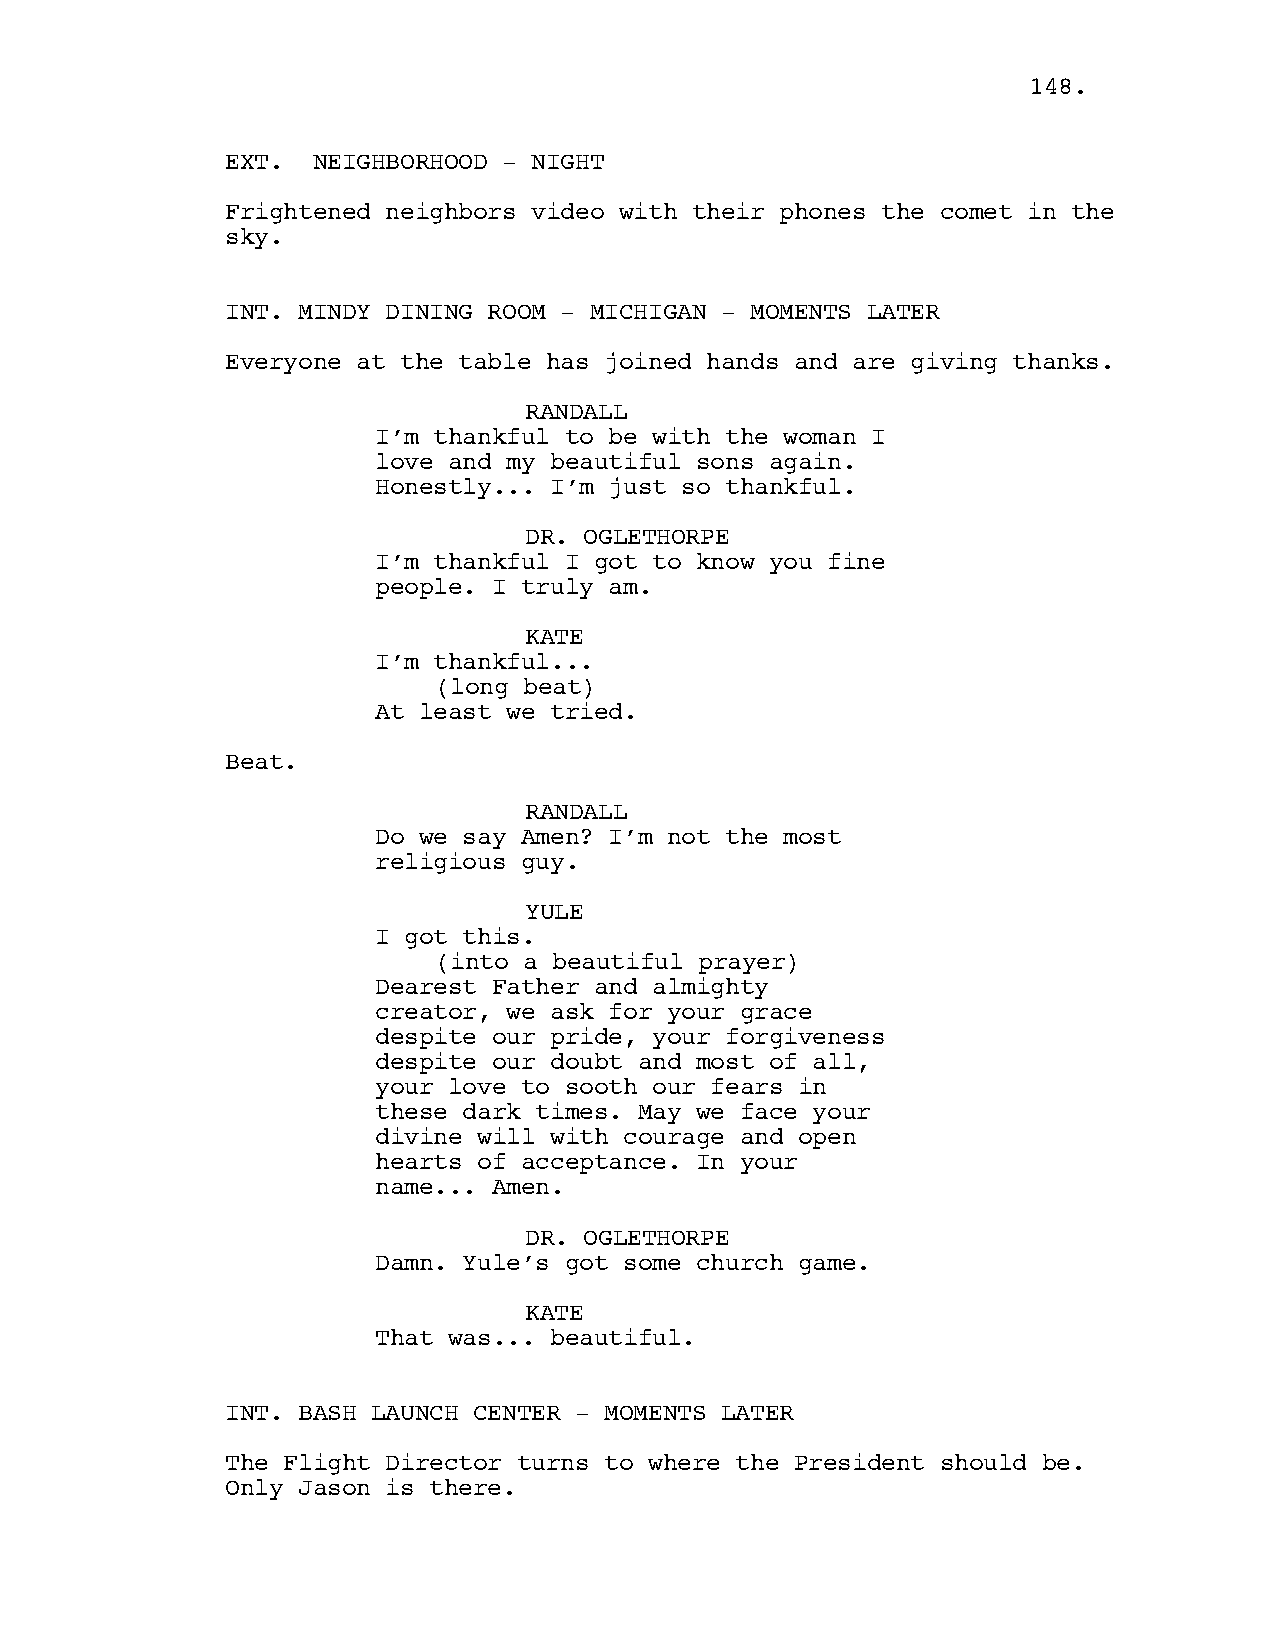
114488..
 EXT.  NEIGHBORHOOD - NIGHT
 Frightened neighbors video with their phones the comet in the
 sky.
 INT. MINDY DINING ROOM - MICHIGAN - MOMENTS LATER
 Everyone at the table has joined hands and are giving thanks.
 RANDALL
 I’m thankful to be with the woman I
 love and my beautiful sons again.
 Honestly... I’m just so thankful.
 DR. OGLETHORPE
 I’m thankful I got to know you fine
 people. I truly am.
 KATE
 I’m thankful...
 (long beat)
 At least we tried.
 Beat.
 RANDALL
 Do we say Amen? I’m not the most
 religious guy.
 YULE
 I got this.
 (into a beautiful prayer)
 Dearest Father and almighty
 creator, we ask for your grace
 despite our pride, your forgiveness
 despite our doubt and most of all,
 your love to sooth our fears in
 these dark times. May we face your
 divine will with courage and open
 hearts of acceptance. In your
 name... Amen.
 DR. OGLETHORPE
 Damn. Yule’s got some church game.
 KATE
 That was... beautiful.
 INT. BASH LAUNCH CENTER - MOMENTS LATER
 The Flight Director turns to where the President should be.
 Only Jason is there.